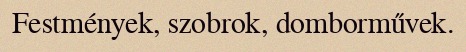
Festmények, szobrok, domborművek.